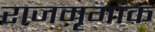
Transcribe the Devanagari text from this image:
राजमृगांक